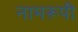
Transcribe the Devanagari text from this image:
नामरूपी